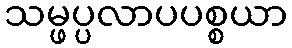
သမ္ဖပ္ပလာပပစ္စယာ